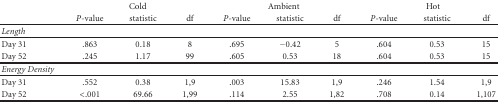
<table><thead><tr><td></td><td colspan="3"><b>Cold</b></td><td colspan="3"><b>Ambient</b></td><td colspan="3"><b>Hot</b></td></tr><tr><td></td><td><b><i>P</i>-value</b></td><td><b>statistic</b></td><td><b>df</b></td><td><b><i>P</i>-value</b></td><td><b>statistic</b></td><td><b>df</b></td><td><b><i>P</i>-value</b></td><td><b>statistic</b></td><td><b>df</b></td></tr></thead><tbody><tr><td><i>Length</i></td><td></td><td></td><td></td><td></td><td></td><td></td><td></td><td></td><td></td></tr><tr><td> Day 31</td><td>.863</td><td>0.18</td><td>8</td><td>.695</td><td>−0.42</td><td>5</td><td>.604</td><td>0.53</td><td>15</td></tr><tr><td> Day 52</td><td>.245</td><td>1.17</td><td>99</td><td>.605</td><td>0.53</td><td>18</td><td>.604</td><td>0.53</td><td>15</td></tr><tr><td><i>Energy Density</i></td><td></td><td></td><td></td><td></td><td></td><td></td><td></td><td></td><td></td></tr><tr><td> Day 31</td><td>.552</td><td>0.38</td><td>1,9</td><td>.003</td><td>15.83</td><td>1,9</td><td>.246</td><td>1.54</td><td>1,9</td></tr><tr><td> Day 52</td><td>&lt;.001</td><td>69.66</td><td>1,99</td><td>.114</td><td>2.55</td><td>1,82</td><td>.708</td><td>0.14</td><td>1,107</td></tr></tbody></table>